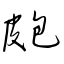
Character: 皰